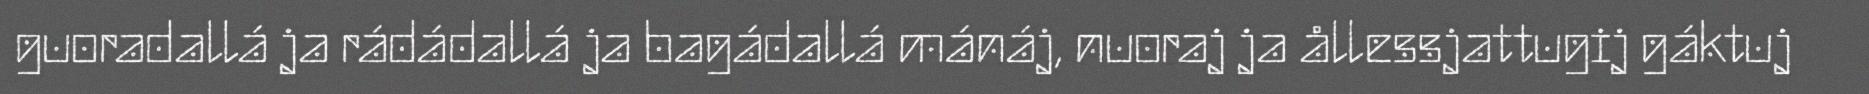
guoradallá ja rádádallá ja bagádallá mánáj, nuoraj ja ållessjattugij gáktuj